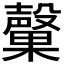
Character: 𭯃